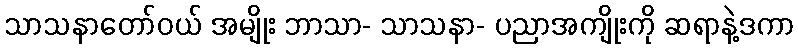
သာသနာတော်ဝယ် အမျိုး ဘာသာ- သာသနာ- ပညာအကျိုးကို ဆရာနဲ့ဒကာ